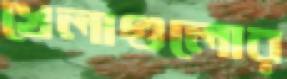
খেলাগুলোর